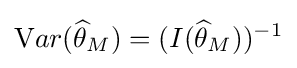
{\text{V}}ar({\widehat {\theta }}_{M})=(I({\widehat {\theta }}_{M}))^{-1}